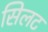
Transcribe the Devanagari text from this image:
सिलट